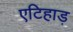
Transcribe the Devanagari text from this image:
एटिहाड़